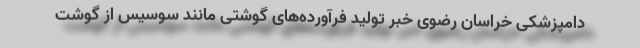
دامپزشکی خراسان رضوی خبر تولید فرآورده‌های گوشتی مانند سوسیس از گوشت